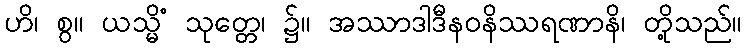
ဟိ၊ စွ။ ယသ္မိံ သုတ္တေ၊ ၌။ အဿာဒါဒီနဝနိဿရဏာနိ၊ တို့သည်။